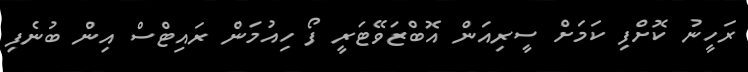
ރަހީނު ކޮށްފި ކަމަށް ސީރިއަން އޮބްޒަވޭޓަރީ ފޯ ހިއުމަން ރައިޓްސް އިން ބުނެފި